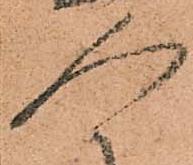
人